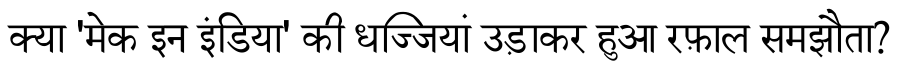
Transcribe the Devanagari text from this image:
क्या 'मेक इन इंडिया' की धज्जियां उड़ाकर हुआ रफ़ाल समझौता?